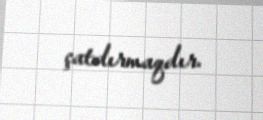
çatdırmaqdır.